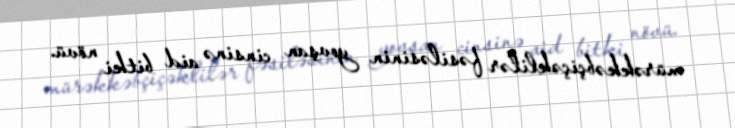
mürəkkəbçiçəklilər fəsiləsinin yovşan cinsinə aid bitki növü.